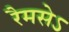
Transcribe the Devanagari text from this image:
रैमसेऽ